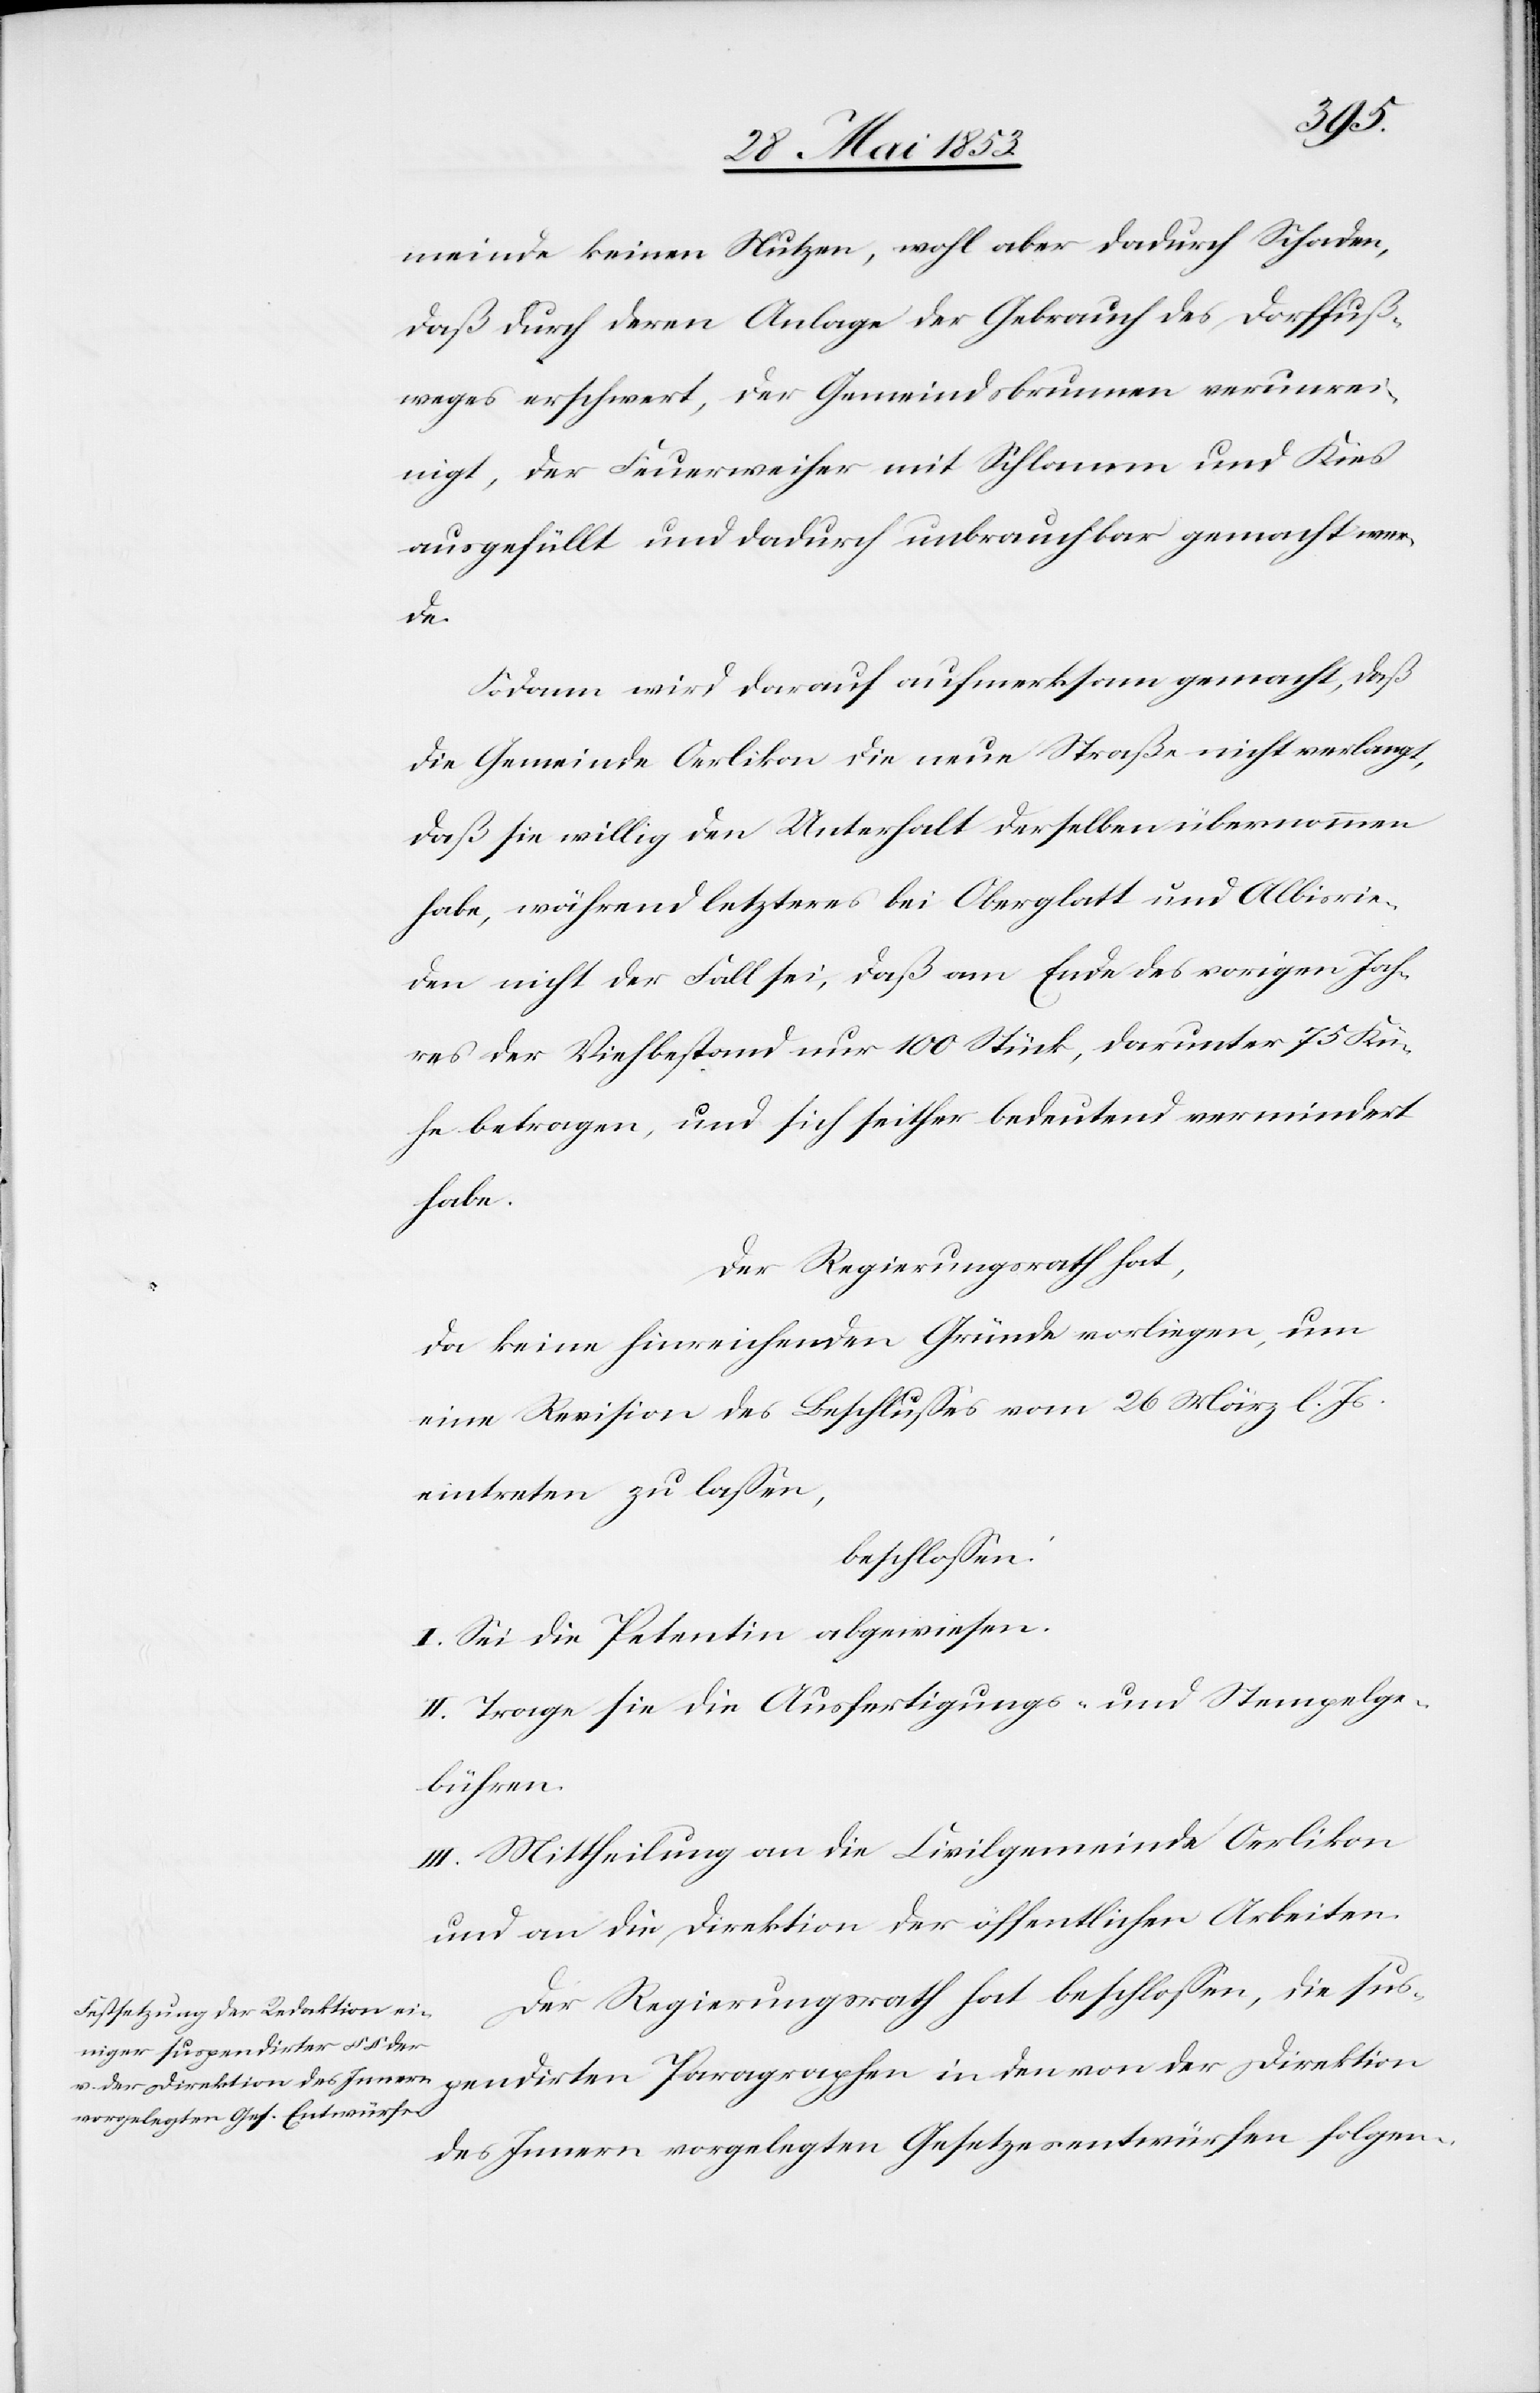
mindert
meinde keinen Nutzen, wohl aber dadurch Schaden,
daß durch deren Anlage der Gebrauch des Dorffuß¬
weges erschwert, der Gemeindsbrunnen verunrei¬
nigt, der Feuerweiher mit Schlamm und Kies
ausgefüllt und dadurch unbrauchbar gemacht wer¬
und
Sodann wird darauf aufmerksam gemacht, daß
die Gemeinde Oerlikon die neue Straße nicht verlangt,
daß sie willig den Unterhalt derselben übernommen
habe, während letzteres bei Oberglatt und Albisrie¬
den nicht der Fall sei, daß am Ende des vorigen Jah¬
res der Viehbestand nur 100 Stück, darunter 75 Kü¬
habe.
Der Regierungsrath hat,
da keine hinreichenden Gründe vorliegen, um
eine Revision des Beschlußes vom 26 März l. Js.
eintreten zu laßen,
beschloßen:
I. Sei die Petentin abgewiesen.
II. Trage sie die Ausfertigungs- u. Stempelge¬
bühren.
III. Mittheilung an die Civilgemeinde Oerlikon
und an die Direktion der öffentlichen Arbeiten.
Der Regierungsrath hat beschloßen, die sus¬
pendirten Paragraphen in den von der Direktion
des Innern vorgelegten Gesetzentwürfen folgen-